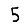
Digit: 5